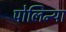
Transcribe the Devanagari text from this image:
पोलिन्या